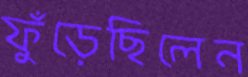
ফুঁড়েছিলেন